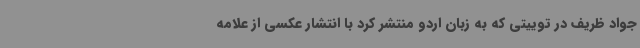
جواد ظریف در توییتی که به زبان اردو منتشر کرد با انتشار عکسی از علامه